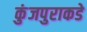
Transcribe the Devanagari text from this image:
कुंजपुराकडे